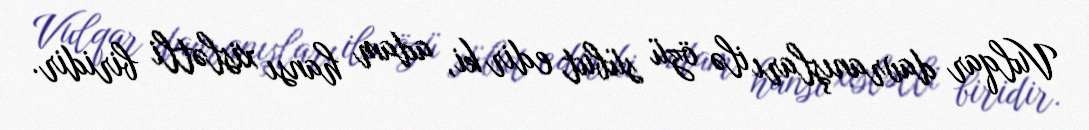
Vulqar davranışları ilə özü sübut edir ki, adam hansı xislətli biridir.